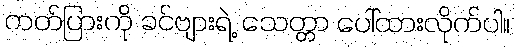
ကတ်ပြားကို ခင်ဗျားရဲ့ သေတ္တာ ပေါ်ထားလိုက်ပါ။